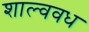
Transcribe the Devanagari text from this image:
शाल्ववध